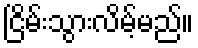
ငြိမ်းသွားလိမ့်မည်။